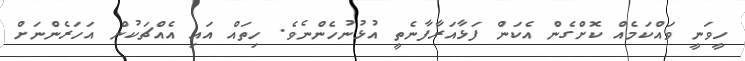
ހީވަނީ ވައްކަމެއް ކޮށްގެން އެކަން ފަޅާއަރާފާނެތީ އުޅުނުހެންނެވެ. ހިތައް އައި އެއްޗަކުން އަހަރެންނަށް